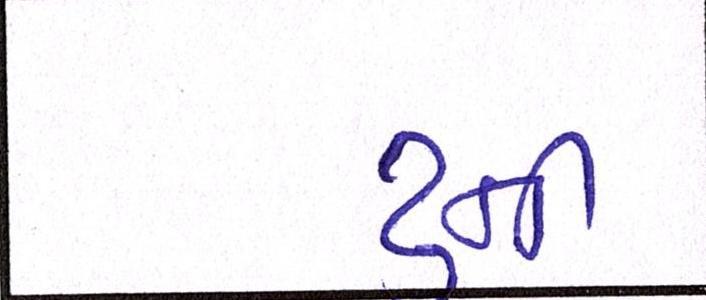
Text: ટુની